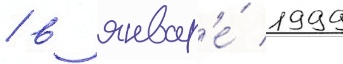
/ в январ'е́ 1999